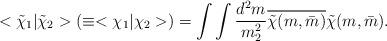
LaTeX: \begin{align*}<\tilde{\chi}_{1}|\tilde{\chi}_{2}>(\equiv<\chi_{1}|\chi_{2}>) =\int\int\frac{d^{2}m}{m_{2}^{2}} \overline{\tilde{\chi}(m,\bar{m})}\tilde{\chi}(m,\bar{m}).\end{align*}